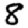
Digit: 8